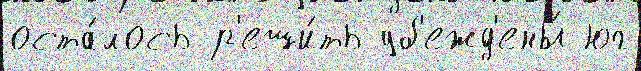
оста́лось р'еши́ть уб'ежд'ены́ юг